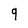
Character: q